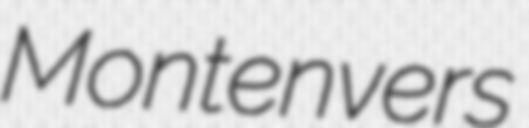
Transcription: Montenvers